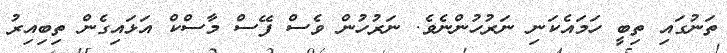
ތަނުގައި ތިބީ ހަމައެކަނި ނަރުހުންނެވެ. ނަރުހުން ވެސް ފޭސް މާސްކް އަޅައިގެން ތިބިއިރު